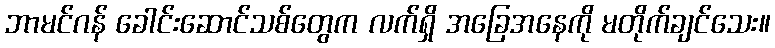
ဘာမင်ဂန် ခေါင်းဆောင်သစ်တွေက လက်ရှိ အခြေအနေကို မတိုက်ချင်သေး။